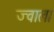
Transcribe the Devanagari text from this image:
ज्‍वाला